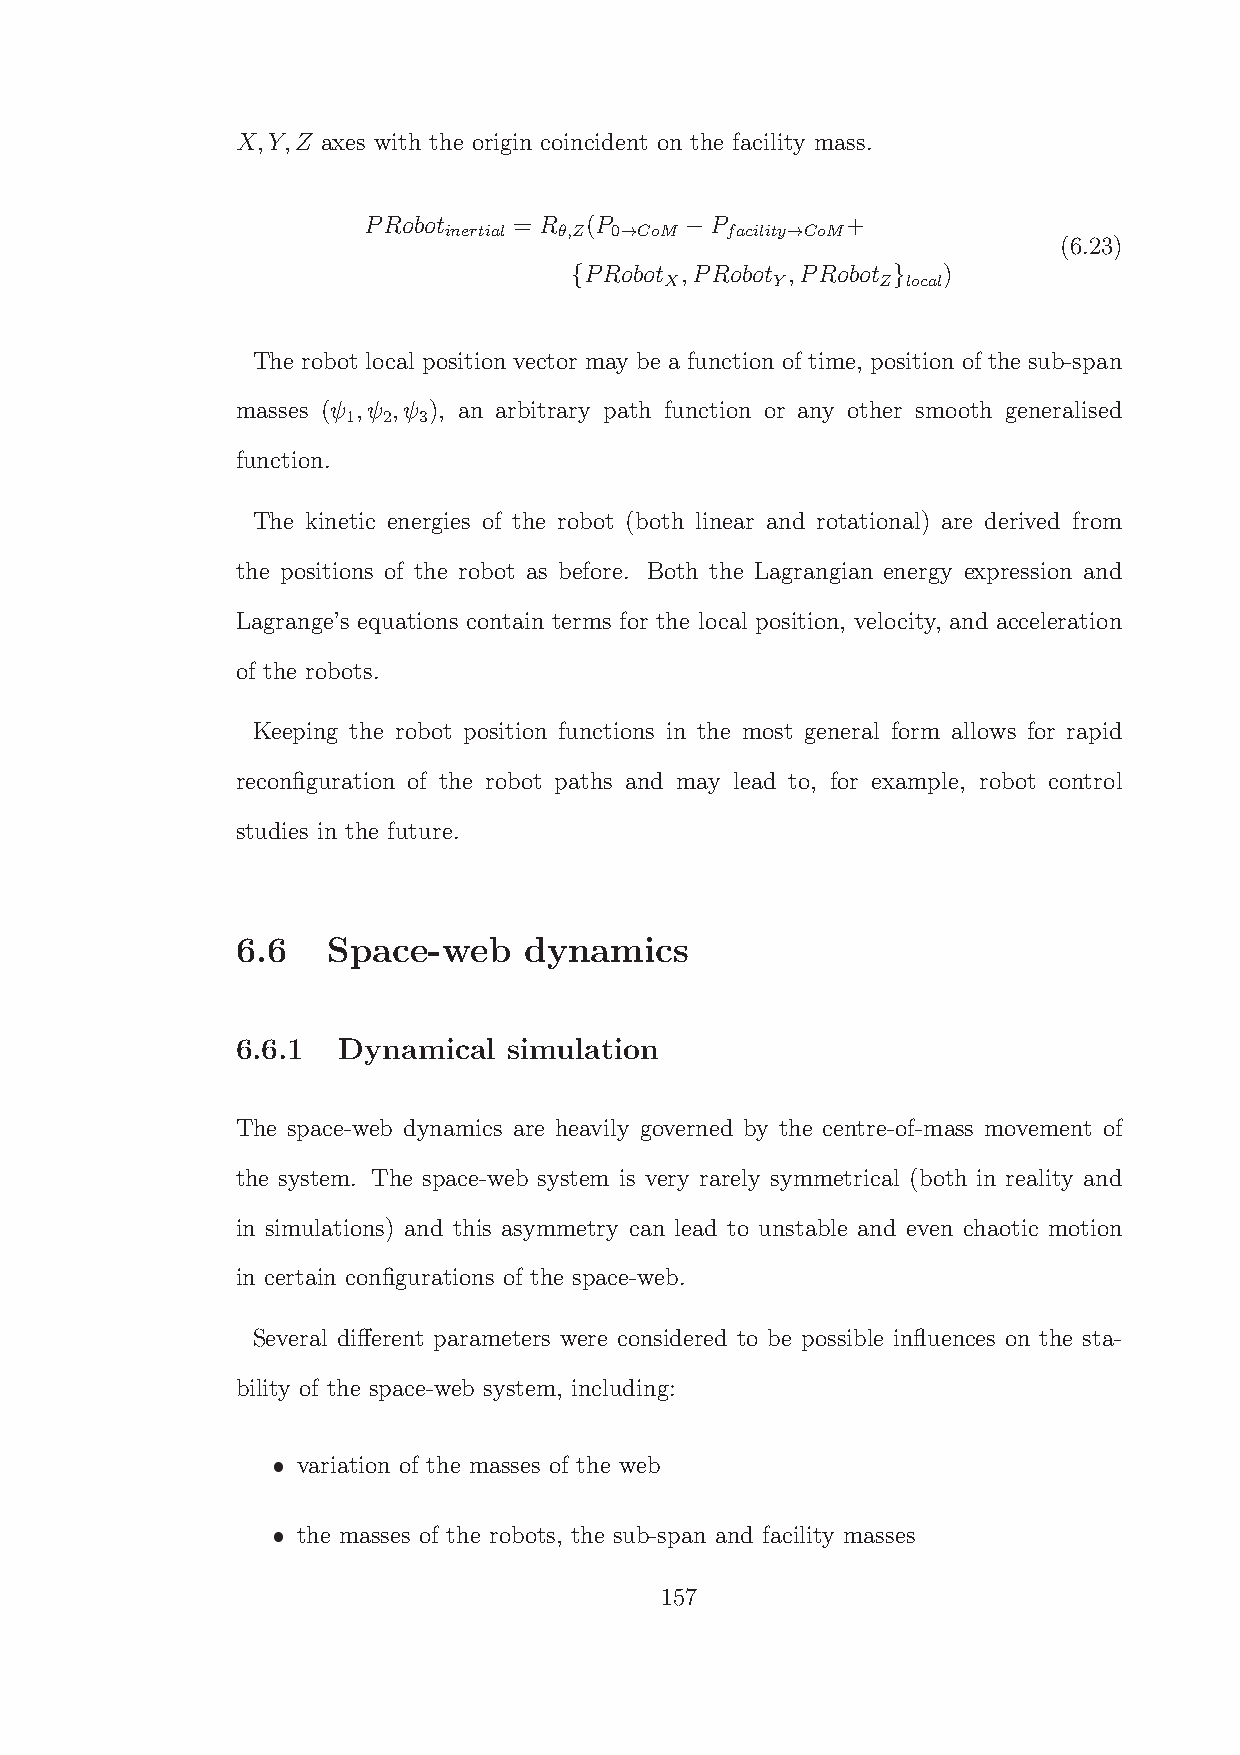
X,Y,Z axes with the origin coincident on the facility mass.
 PRobot inertial = R θ,Z(P 0→CoM P facility→CoM+
 −                        (6.23)
 PRobot ,PRobot ,PRobot )
 X      Y      Z local
 {                    }
 The robot local position vector may be a function of time, position of the sub-span
 masses (ψ ,ψ ,ψ ), an arbitrary path function or any other smooth generalised
 1 2  3
 function.
 The kinetic energies of the robot (both linear and rotational) are derived from
 the positions of the robot as before. Both the Lagrangian energy expression and
 Lagrange’s equations contain terms for the local position, velocity, and acceleration
 of the robots.
 Keeping the robot position functions in the most general form allows for rapid
 reconfiguration of the robot paths and may lead to, for example, robot control
 studies in the future.
 6.6   Space-web    dynamics
 6.6.1 Dynamical   simulation
 The space-web dynamics are heavily governed by the centre-of-mass movement of
 the system. The space-web system is very rarely symmetrical (both in reality and
 in simulations) and this asymmetry can lead to unstable and even chaotic motion
 in certain configurations of the space-web.
 Several different parameters were considered to be possible influences on the sta-
 bility of the space-web system, including:
 variation of the masses of the web
 the masses of the robots, the sub-span and facility masses
 157
 ˆ
 ˆ